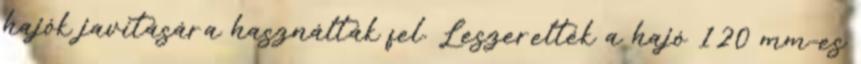
hajók javítására használták fel. Leszerelték a hajó 120 mm-es